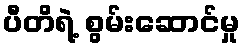
ပီတိရဲ့ စွမ်းဆောင်မှု